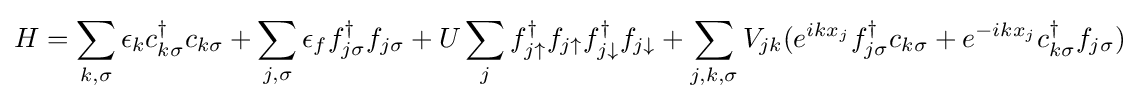
H=\sum _{k,\sigma }\epsilon _{k}c_{k\sigma }^{\dagger }c_{k\sigma }+\sum _{j,\sigma }\epsilon _{f}f_{j\sigma }^{\dagger }f_{j\sigma }+U\sum _{j}f_{j\uparrow }^{\dagger }f_{j\uparrow }f_{j\downarrow }^{\dagger }f_{j\downarrow }+\sum _{j,k,\sigma }V_{jk}(e^{ikx_{j}}f_{j\sigma }^{\dagger }c_{k\sigma }+e^{-ikx_{j}}c_{k\sigma }^{\dagger }f_{j\sigma })